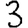
Digit: 3